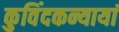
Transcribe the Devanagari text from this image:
कुविंदकन्यायां